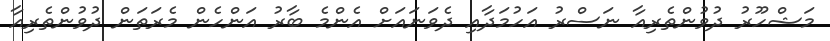
މަޝްހޫރު ދުވުންތެރިއާ ނަސްރު އަހުމަދާއި ދެވަނައަށް އެންމެ ބާރު އަންހެން މެރަތަން ދުވުންތެރިއާ